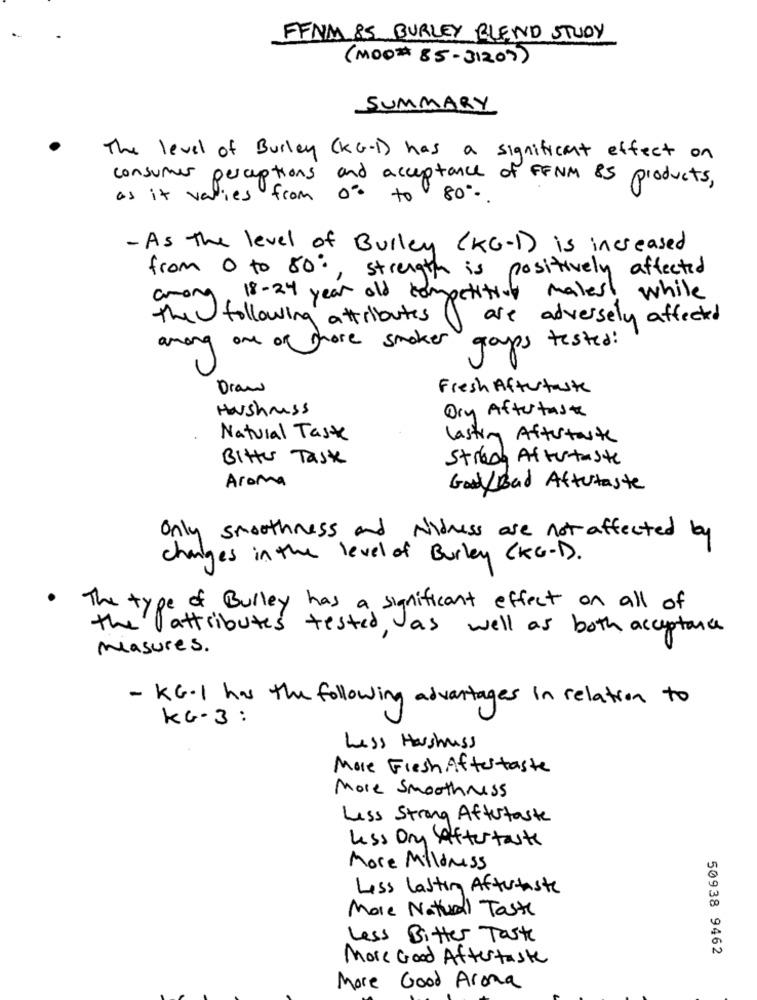
FFNM 85 BURLEY BLEND STUDY
(MOO# 85-31207)
SUMMARY
The level of Burley (KG-D) has a significant effect on
consumer perceptions and acceptance of FFNM 85 products,
as it varies from 0 to 80.
- As the level of Bulley (KG-D) is increased
from 0 to 80:
strength is positively affected
among, 18-24 year old competitive males! while
the following attributes
are adversely affected
among one of those smoker groups tested :
Draw
Fresh Aftertaste
Haushruss
Dry Aftertaste
Natural Taste
Lasting Aftertaste
Bitter Task
Strach After taste
Aroma
Good/Bad Aftutaste
Only smoothness and Nidress are not affected by
changes in the level of Burley CKG-D.
.
The type of Burley has a significant effect on all of
the attributes tested, as well as both acceptance
measures .
- KG.1 has the following advantages in relation to
KG-3:
Less Harshmuss
More Fresh Aftertaste
More Smoothness
Less Strong Aftertaste
Less Dny aftertaste
More Milloness
Less Lasting Aftertaste
More Natural Taste
Less Bitter Taste
50938 9462
More Good Aftertaste
More Good Arona